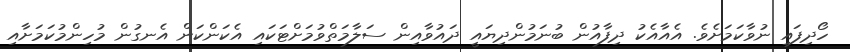
ހޯދިފައި ނުވާކަމަށެވެ. އެއާއެކު ދިފާއުން ބުނަމުންދިޔައީ ދައުވާއިން ސަލާމަތްވުމަށްޓަކައި އެކަންކަން އެނގުން މުހިންމުކަމަށާއި